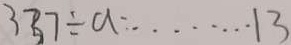
3 3 7 \div a = \cdots 1 3